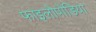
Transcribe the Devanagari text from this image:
फाइलोपोडिया